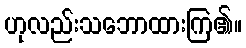
ဟုလည်းသဘောထားကြ၏။